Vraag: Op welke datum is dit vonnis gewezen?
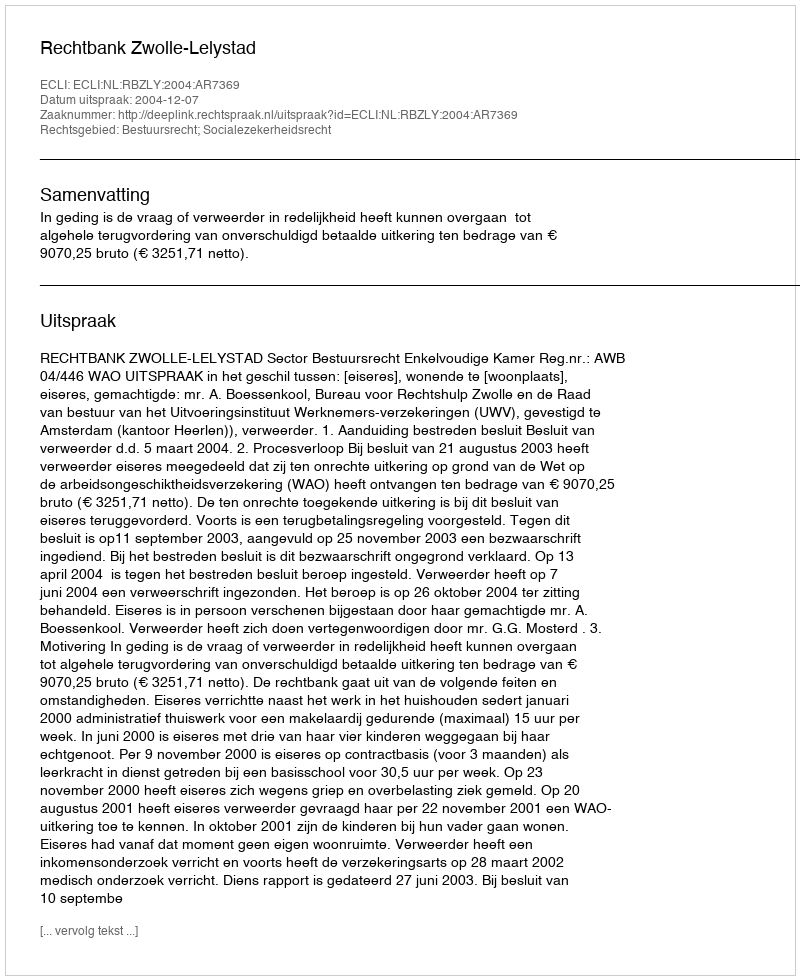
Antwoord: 2004-12-07